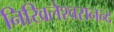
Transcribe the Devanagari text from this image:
निखिलेश्वरानन्द